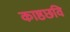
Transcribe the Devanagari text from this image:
काष्ठछवि